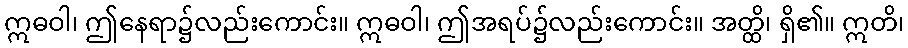
ဣဓဝါ၊ ဤနေရာ၌လည်းကောင်း။ ဣဓဝါ၊ ဤအရပ်၌လည်းကောင်း။ အတ္ထိ၊ ရှိ၏။ ဣတိ၊